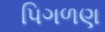
પિગળણ